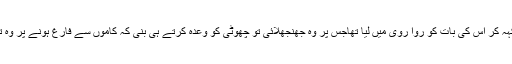
چھوٹی نے خیری سلا کہہ کر اس کی بات کو روا روی میں لیا تھاجس پر وہ جھنجھلائی تو چھوٹی کو وعدہ کرتے ہی بنی کہ کاموں سے فارغ ہونے پر وہ تینوں کو فون کر ے گی۔